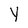
Character: Y